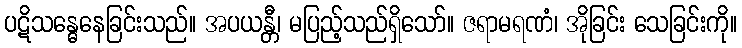
ပဋိသန္ဓေနေခြင်းသည်။ အပယန္တီ၊ မပြည့်သည်ရှိသော်။ ဇရာမရဏံ၊ အိုခြင်း သေခြင်းကို။